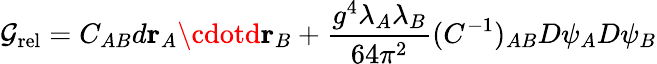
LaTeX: {\cal\mathcal{G}}_{\mathrm{{rel}}}=C_{AB}d{\mathbf{r}}_{A}\cdotd{\mathbf{r}}_{B}+\frac{{g^{4}\lambda_{A}\lambda_{B}}}{{64\pi^{2}}}(C^{-1})_{AB}D\psi_{A}D\psi_{B}